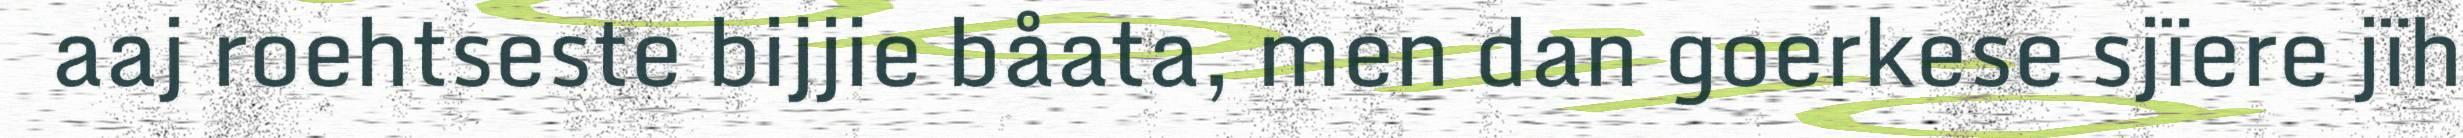
aaj roehtseste bijjie båata, men dan goerkese sjïere jïh